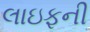
લાઇફની